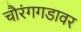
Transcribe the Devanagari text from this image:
चौरंगगडावर